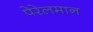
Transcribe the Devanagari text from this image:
पेरेलमान